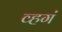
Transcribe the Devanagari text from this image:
व्हगं